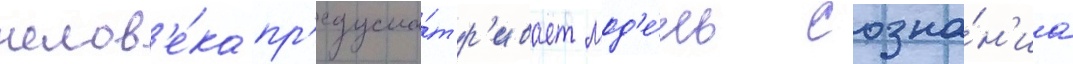
челов'е́ка пр'едусма́тр'ивает мод'е́ль созна́н'иа